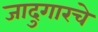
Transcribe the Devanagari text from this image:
जादुगारचे